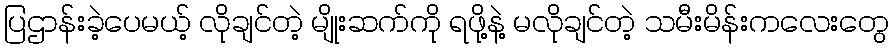
ပြဌာန်းခဲ့ပေမယ့် လိုချင်တဲ့ မျိုးဆက်ကို ရဖို့နဲ့ မလိုချင်တဲ့ သမီးမိန်းကလေးတွေ